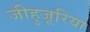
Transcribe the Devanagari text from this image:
जीहुजूरिया